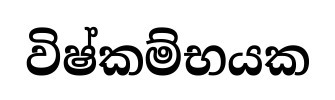
විෂ්කම්භයක